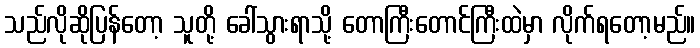
သည်လိုဆိုပြန်တော့ သူတို့ ခေါ်သွားရာသို့ တောကြီးတောင်ကြီးထဲမှာ လိုက်ရတော့မည်။